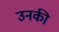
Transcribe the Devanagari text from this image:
उनकी